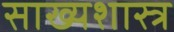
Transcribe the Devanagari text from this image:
साख्यशास्त्र